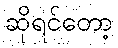
ဆိုရင်တော့